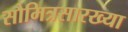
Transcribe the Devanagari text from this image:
सौमित्रसारख्या